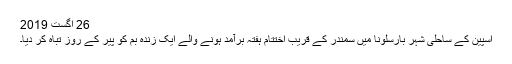
26 اگست 2019
اسپین کے ساحلی شہر بارسلونا میں سمندر کے قریب اختتام ہفتہ برآمد ہونے والے ایک زندہ بم کو پیر کے روز تباہ کر دیا۔